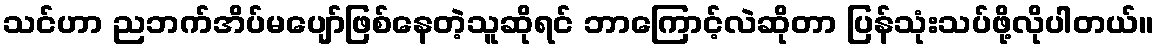
သင်ဟာ ညဘက်အိပ်မပျော်ဖြစ်နေတဲ့သူဆိုရင် ဘာကြောင့်လဲဆိုတာ ပြန်သုံးသပ်ဖို့လိုပါတယ်။